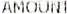
AMOUNT